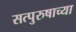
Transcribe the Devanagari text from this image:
सत्पुरुषाच्या